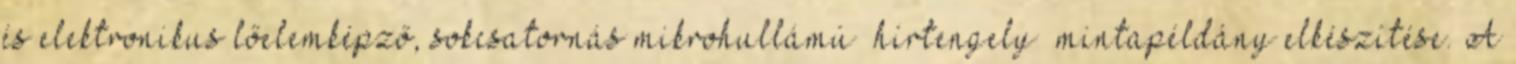
és elektronikus lőelemképző, sokcsatornás mikrohullámú „hírtengely” mintapéldány elkészítése. A